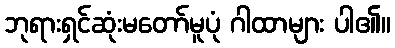
ဘုရားရှင်ဆုံးမတော်မူပုံ ဂါထာများ ပါ၏။